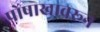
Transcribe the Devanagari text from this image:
पोषाखावरून